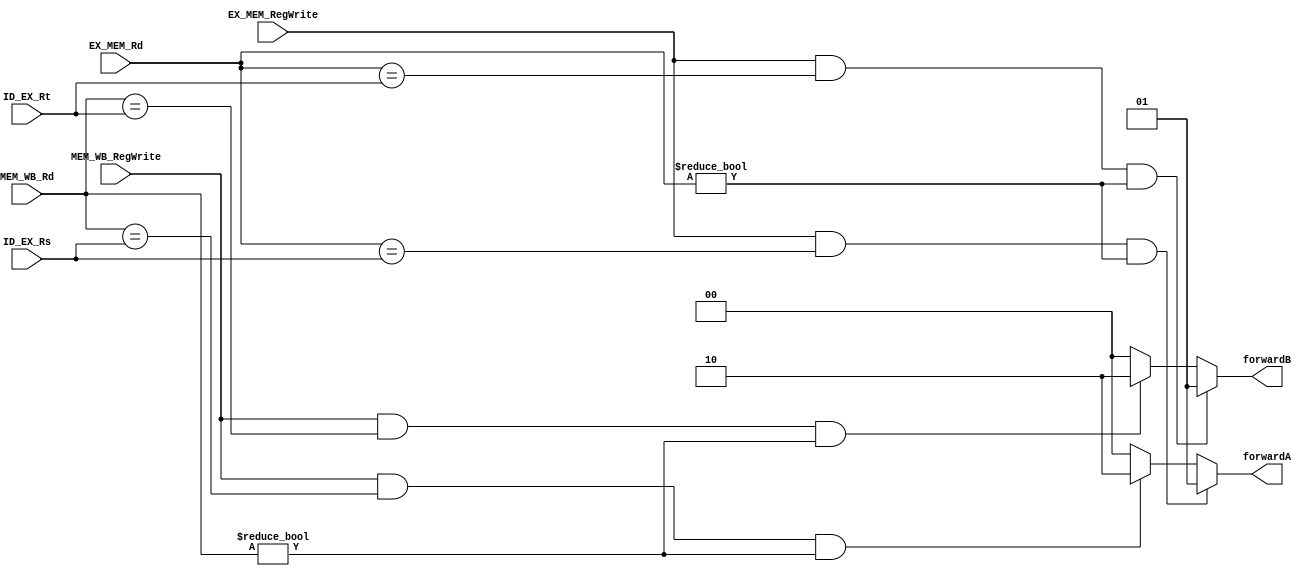
module ForwardingUnit(MEM_WB_Rd, EX_MEM_Rd, EX_MEM_RegWrite, MEM_WB_RegWrite, ID_EX_Rs, ID_EX_Rt, forwardA, forwardB);
    input [4:0] MEM_WB_Rd, EX_MEM_Rd, ID_EX_Rs, ID_EX_Rt;
    input EX_MEM_RegWrite, MEM_WB_RegWrite;
    output reg [1:0] forwardA, forwardB;

    always @(MEM_WB_Rd, EX_MEM_Rd, EX_MEM_RegWrite, MEM_WB_RegWrite, ID_EX_Rs) begin
        if(EX_MEM_RegWrite & EX_MEM_Rd == ID_EX_Rs & EX_MEM_Rd != 5'b00000) forwardA = 2'b01; //FWD srcA : MEM to EX
        else if (MEM_WB_RegWrite & MEM_WB_Rd == ID_EX_Rs & MEM_WB_Rd != 5'b00000) forwardA = 2'b10; //FWD srcA : WB to EX
        else forwardA = 2'b00;
    end
    always @(MEM_WB_Rd, EX_MEM_Rd, EX_MEM_RegWrite, MEM_WB_RegWrite, ID_EX_Rt) begin
        if(EX_MEM_RegWrite & EX_MEM_Rd == ID_EX_Rt & EX_MEM_Rd != 5'b00000) forwardB = 2'b01; //FWD srcB : MEM to EX
        else if (MEM_WB_RegWrite & MEM_WB_Rd == ID_EX_Rt & MEM_WB_Rd != 5'b00000) forwardB = 2'b10; //FWD srcb : WB to EX
        else forwardB = 2'b00;
    end

endmodule